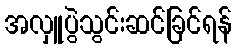
အလှူပွဲသွင်းဆင်ခြင်ရန်